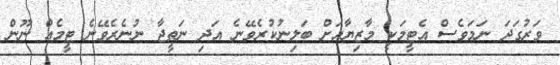
ވަރުގަދަ ނަމަވެސް އެޓީމަކީ މާޒިޔާއަށް ބަލިނުކުރެވޭނެ އަދި ނަތީޖާ ނުނެރެވޭނެ ޓީމެއް ނޫން